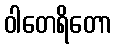
ဝါတေရိတော